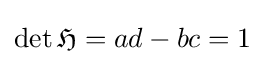
\det {\mathfrak {H}}=ad-bc=1